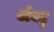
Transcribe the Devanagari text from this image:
अँबटु